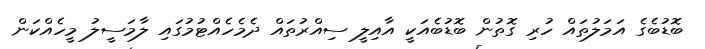
ބޮޑުބެގެ އަމަލުތައް ހުރި ގޮތުން ބޮޑުބެއަކީ އާއިލީ ސިއްރުތައް ދެމެހެއްޓުމުގައި ލާމަސީލު މީހެއްކަން